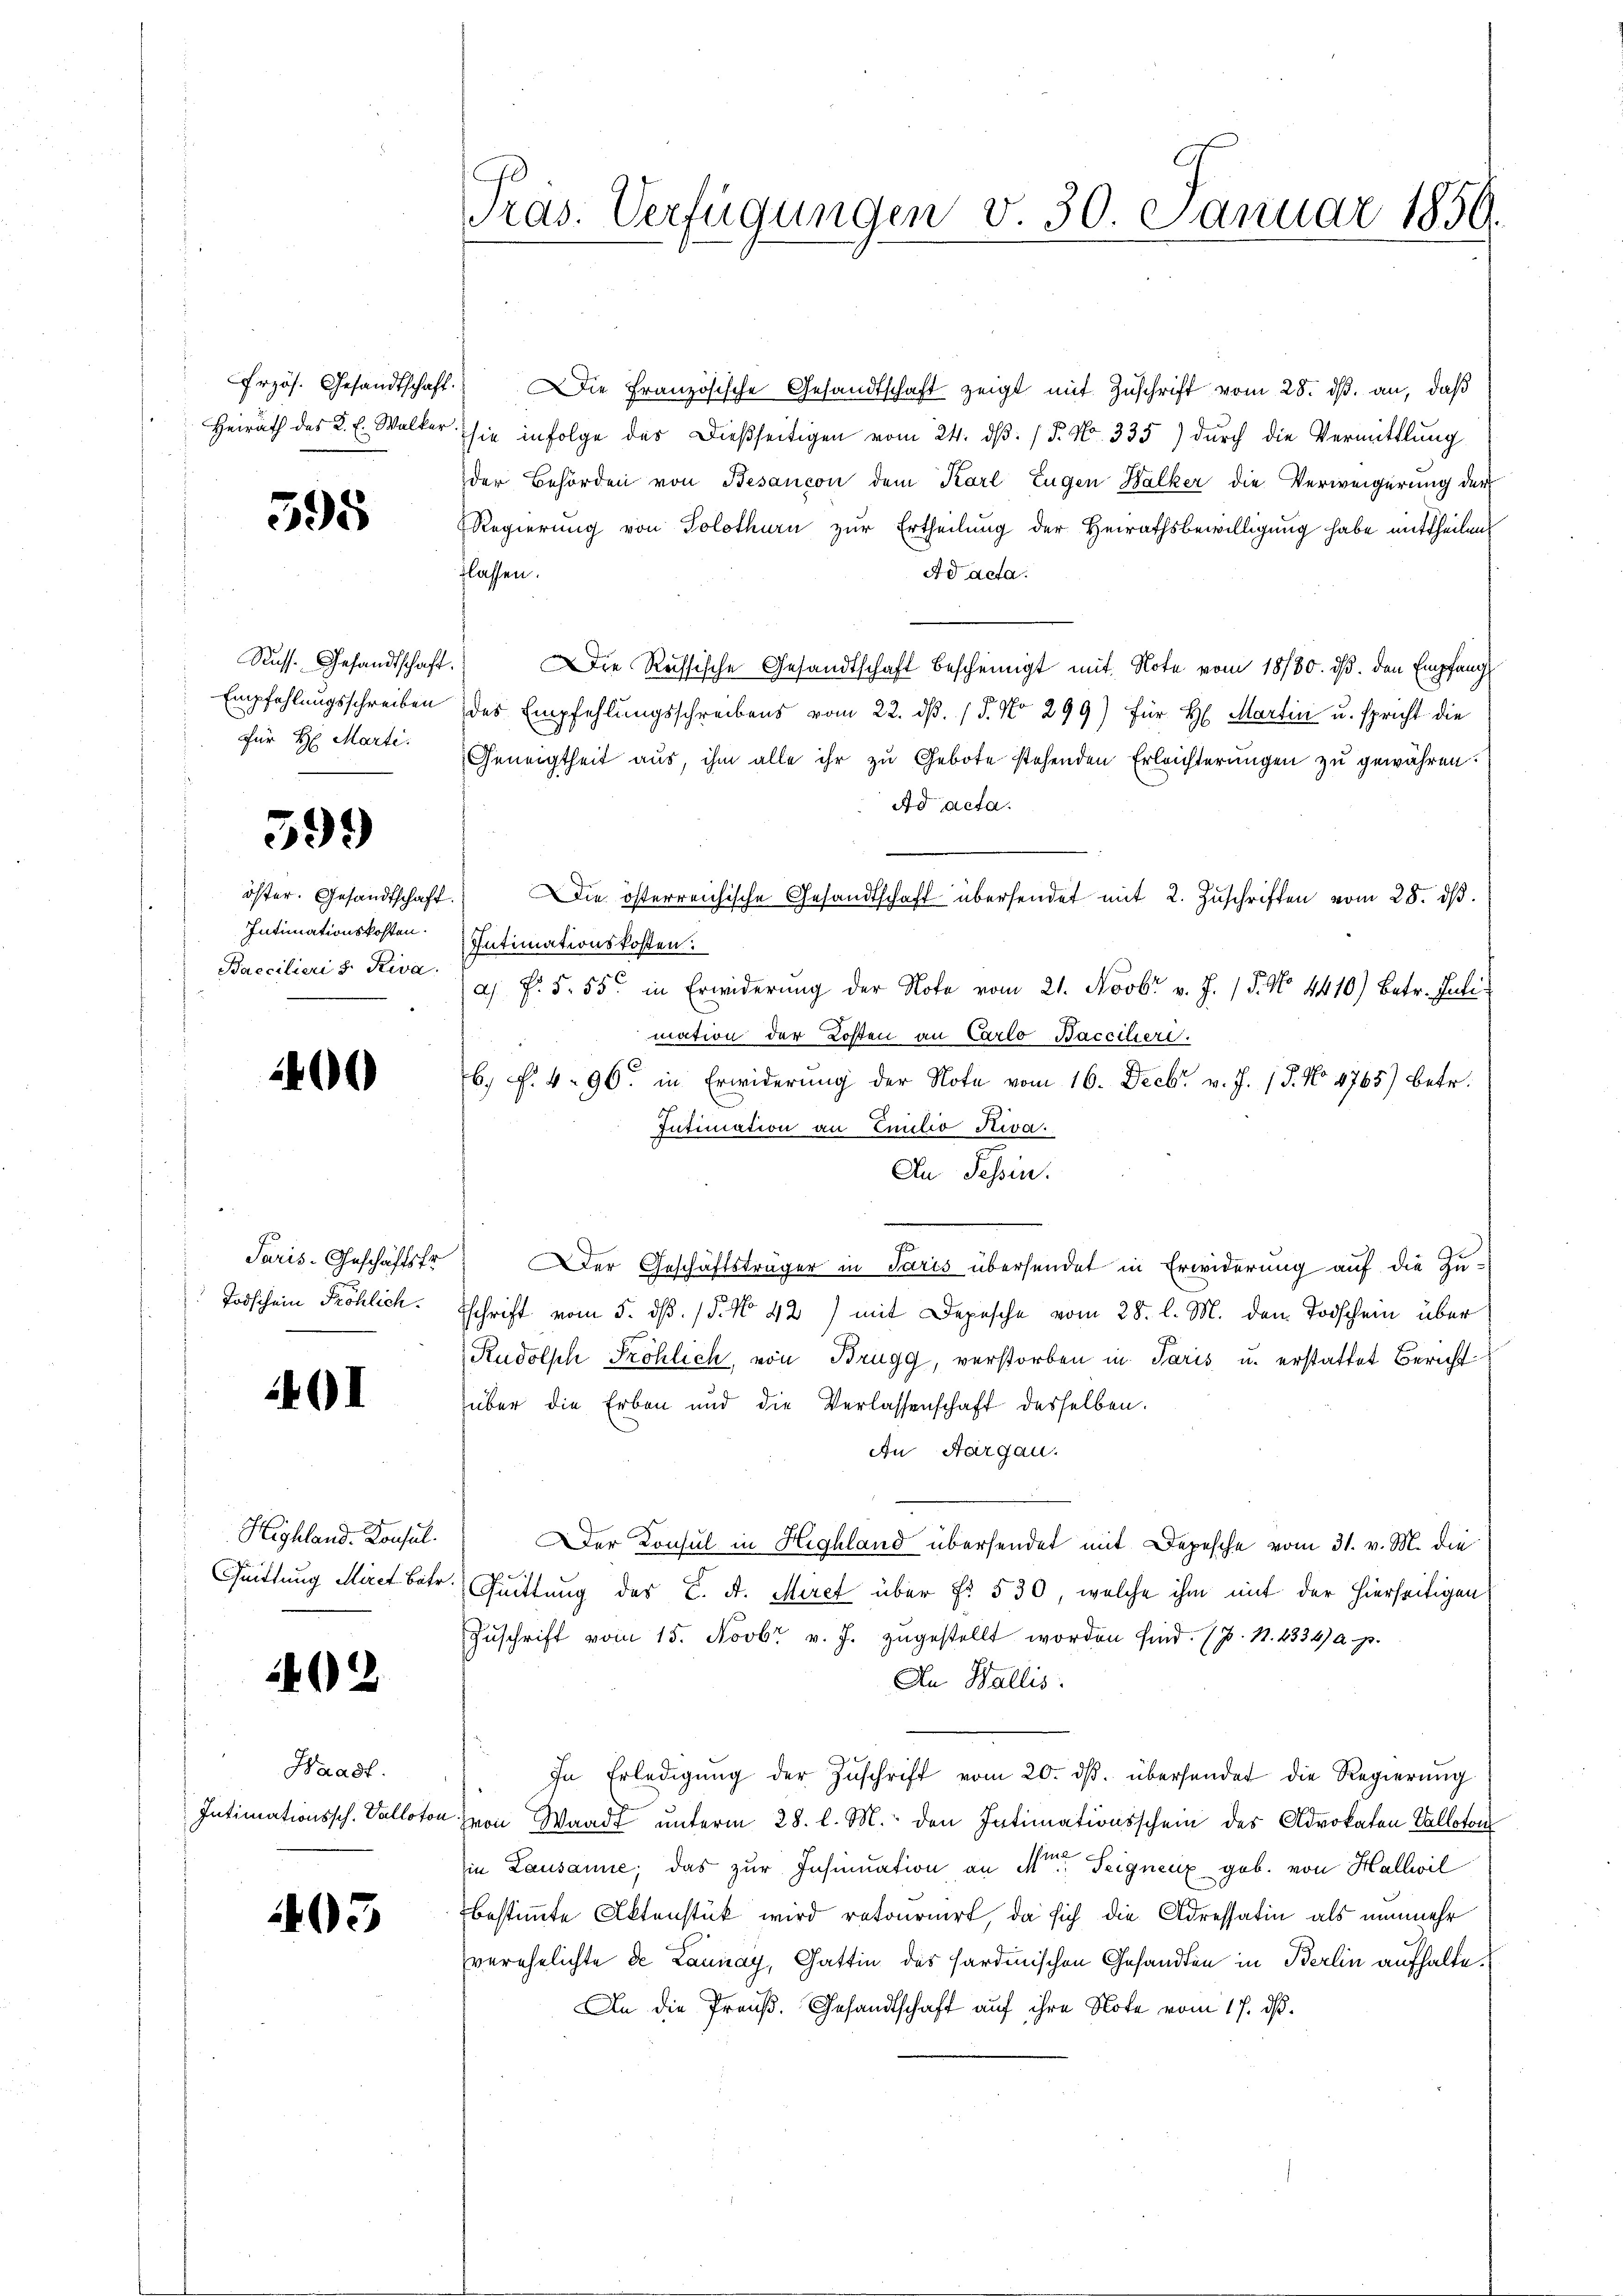
rzös. Gesandtschaft.
Heirath des K. E. Walker

595

Russ. Gesandtschaft
Empfehlungsschreiben
für H: Marti

399

öster. Gesandtschaft
Intimationskosten.
Baecilieri s. Riva.

400

Paris - Geschäftsfr
Todschein Fröhlich.

01

Highland. Konsul
Quittung Miret betr

2402

Waadt.
Intimationssch. Valloto

493

ras. Verfügungen v. 30. Januar 1859.

) Die Französische Gesandtschaft zeigt mit Zuschrift vom 28. dβ. an, daß
sie infolge des Dießseitigen vom 24. ds. (T. No. 335) durch die Vermittlung
der Behörden von Besançon dem Karl Eugen Walker die Verweigerung der
Regierung von Solothurn zur Ertheilung der Heirathsbewilligung habe mittheilen
flassen.
Ad acta.
) Die Russische Gesandtschaft bescheinigt mit Note vom 18780. ds. den Empfäng
des Empfehlungsschreibens vom 22. dβ. / 5. No 299) für H. Martin u. spricht die
Geneigtheit aus, ihm alle ihr zu Gebote stehenden Erleichterungen zu gewähren.
Ad acta.
Die österreichische Gesandtschaft übersendet mit 2. Zŭschriften vom 28. dβ.
Intimationskosten:
a. f. 5. 55 in Erwiderŭng der Note vom 21. Novbr v. J. 15. No. 4410) Betr. Juli
mation der Kosten an Carlo-Baccilier.
b. f. 496. in Erwiderŭng der Note vom 16. Decbr. v. J. 17. No 4765) betr.
Intimation an Emilio Riva.
An Tessin.
Der Geschäftsträger in Paris übersendet in Erwiderung auf die Zu-
Schrift vom 5. dß. / 5. No 42) mit Depesche vom 28. l. M. den Todschein über
Rudolph Fröhlich, von Brugg, verstorben in Paris u. erstattet Bericht
über die Erben und die Verlassenschaft desselben.
An Aargau.
Der Konsul in Highland übersendet mit Depesche vom 31. v. M. die

Quittung des C. A. Miret über Fr. 530, welche ihm mit der hierseitigen
Zŭschrift vom 15. Novbr v. J. zugestellt worden sind. (p. 1. 4334) a. p.
An Wallis.
In Erledigŭng der Zŭschrift vom 20. dβ. übersendet die Regierŭng
von Waadt unterm 28. l. M. den Intimationsschein des Advokaten Valloton
in Lausanne; das zur Insinuation an Mtr. Teignenz geb. von Hallwil
bestimmte Aktenstück wird retournirt, da sich die Adressatin als nunmehr
verehelichte de Launay, Gattin des sardinischen Gesandten in Berlin aufhalte.
An die Preuß. Gesandtschaft auf ihre Note vom 17. ds.